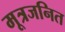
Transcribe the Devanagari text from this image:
मूत्रजनित